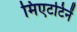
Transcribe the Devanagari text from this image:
मिएटटिनें